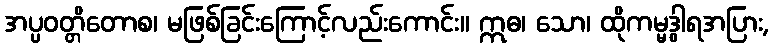
အပ္ပဝတ္တိတောစ၊ မဖြစ်ခြင်းကြောင့်လည်းကောင်း။ ဣဓ၊ သော၊ ထိုကမ္မဒွါရအပြား,